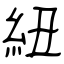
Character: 紐